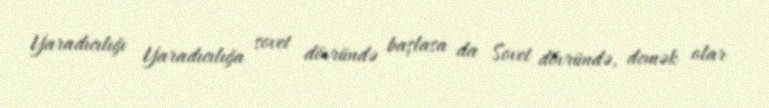
Yaradıcılığı Yaradıcılığa sovet dövründə başlasa da Sovet dövründə, demək olar